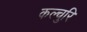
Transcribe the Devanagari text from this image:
कल्चुरि